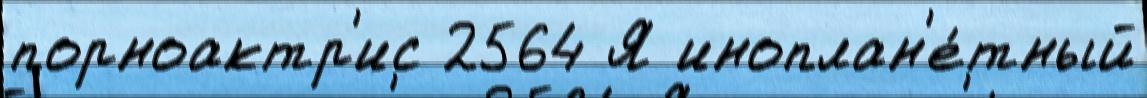
порноактр'ис 2564 Я иноплан'е́тный